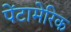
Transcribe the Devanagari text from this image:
पेंटामेरिक